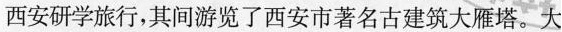
西安研学旅行，其间游览了西安市著名古建筑大雁塔。大